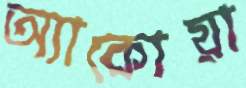
অ্যাকোয়া